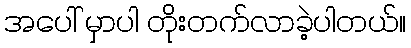
အပေါ် မှာပါ တိုးတက်လာခဲ့ပါတယ်။